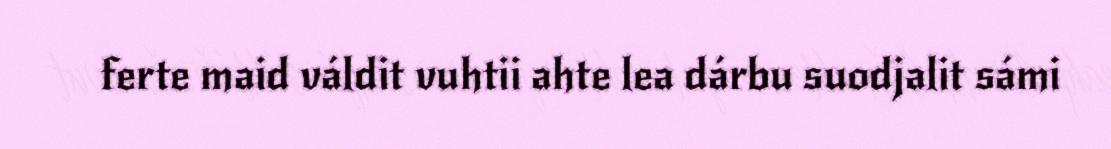
ferte maid váldit vuhtii ahte lea dárbu suodjalit sámi